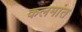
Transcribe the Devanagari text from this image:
कलमांत